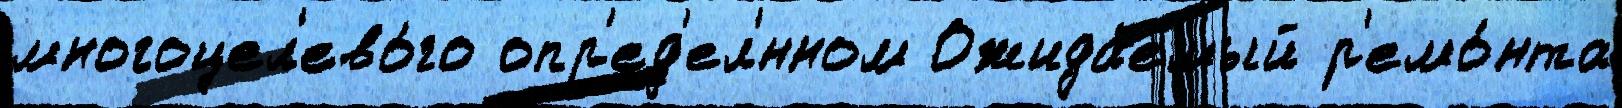
многоцел'ево́го опр'ед'ел'́нном Ожида́емый р'емо́нта